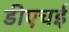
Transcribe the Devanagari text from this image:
डीएचई